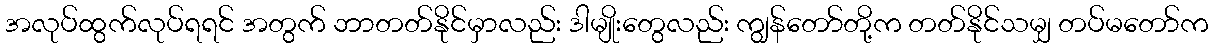
အလုပ်ထွက်လုပ်ရရင် အတွက် ဘာတတ်နိုင်မှာလည်း ဒါမျိုးတွေလည်း ကျွန်တော်တို့က တတ်နိုင်သမျှ တပ်မတော်က